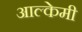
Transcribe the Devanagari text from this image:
आल्‍केमी